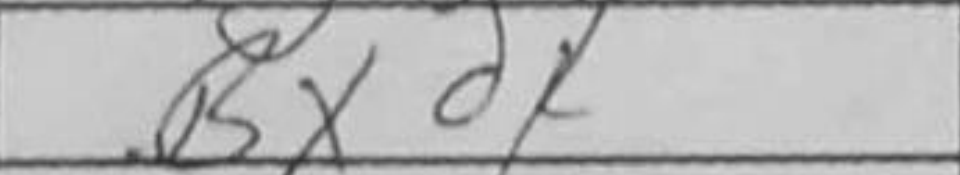
Transcription: Bxd4